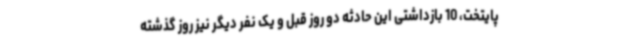
پایتخت، 10 بازداشتی این حادثه دو روز قبل و یک نفر دیگر نیز روز گذشته